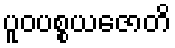
ပူဝပစ္စယဇောတိ